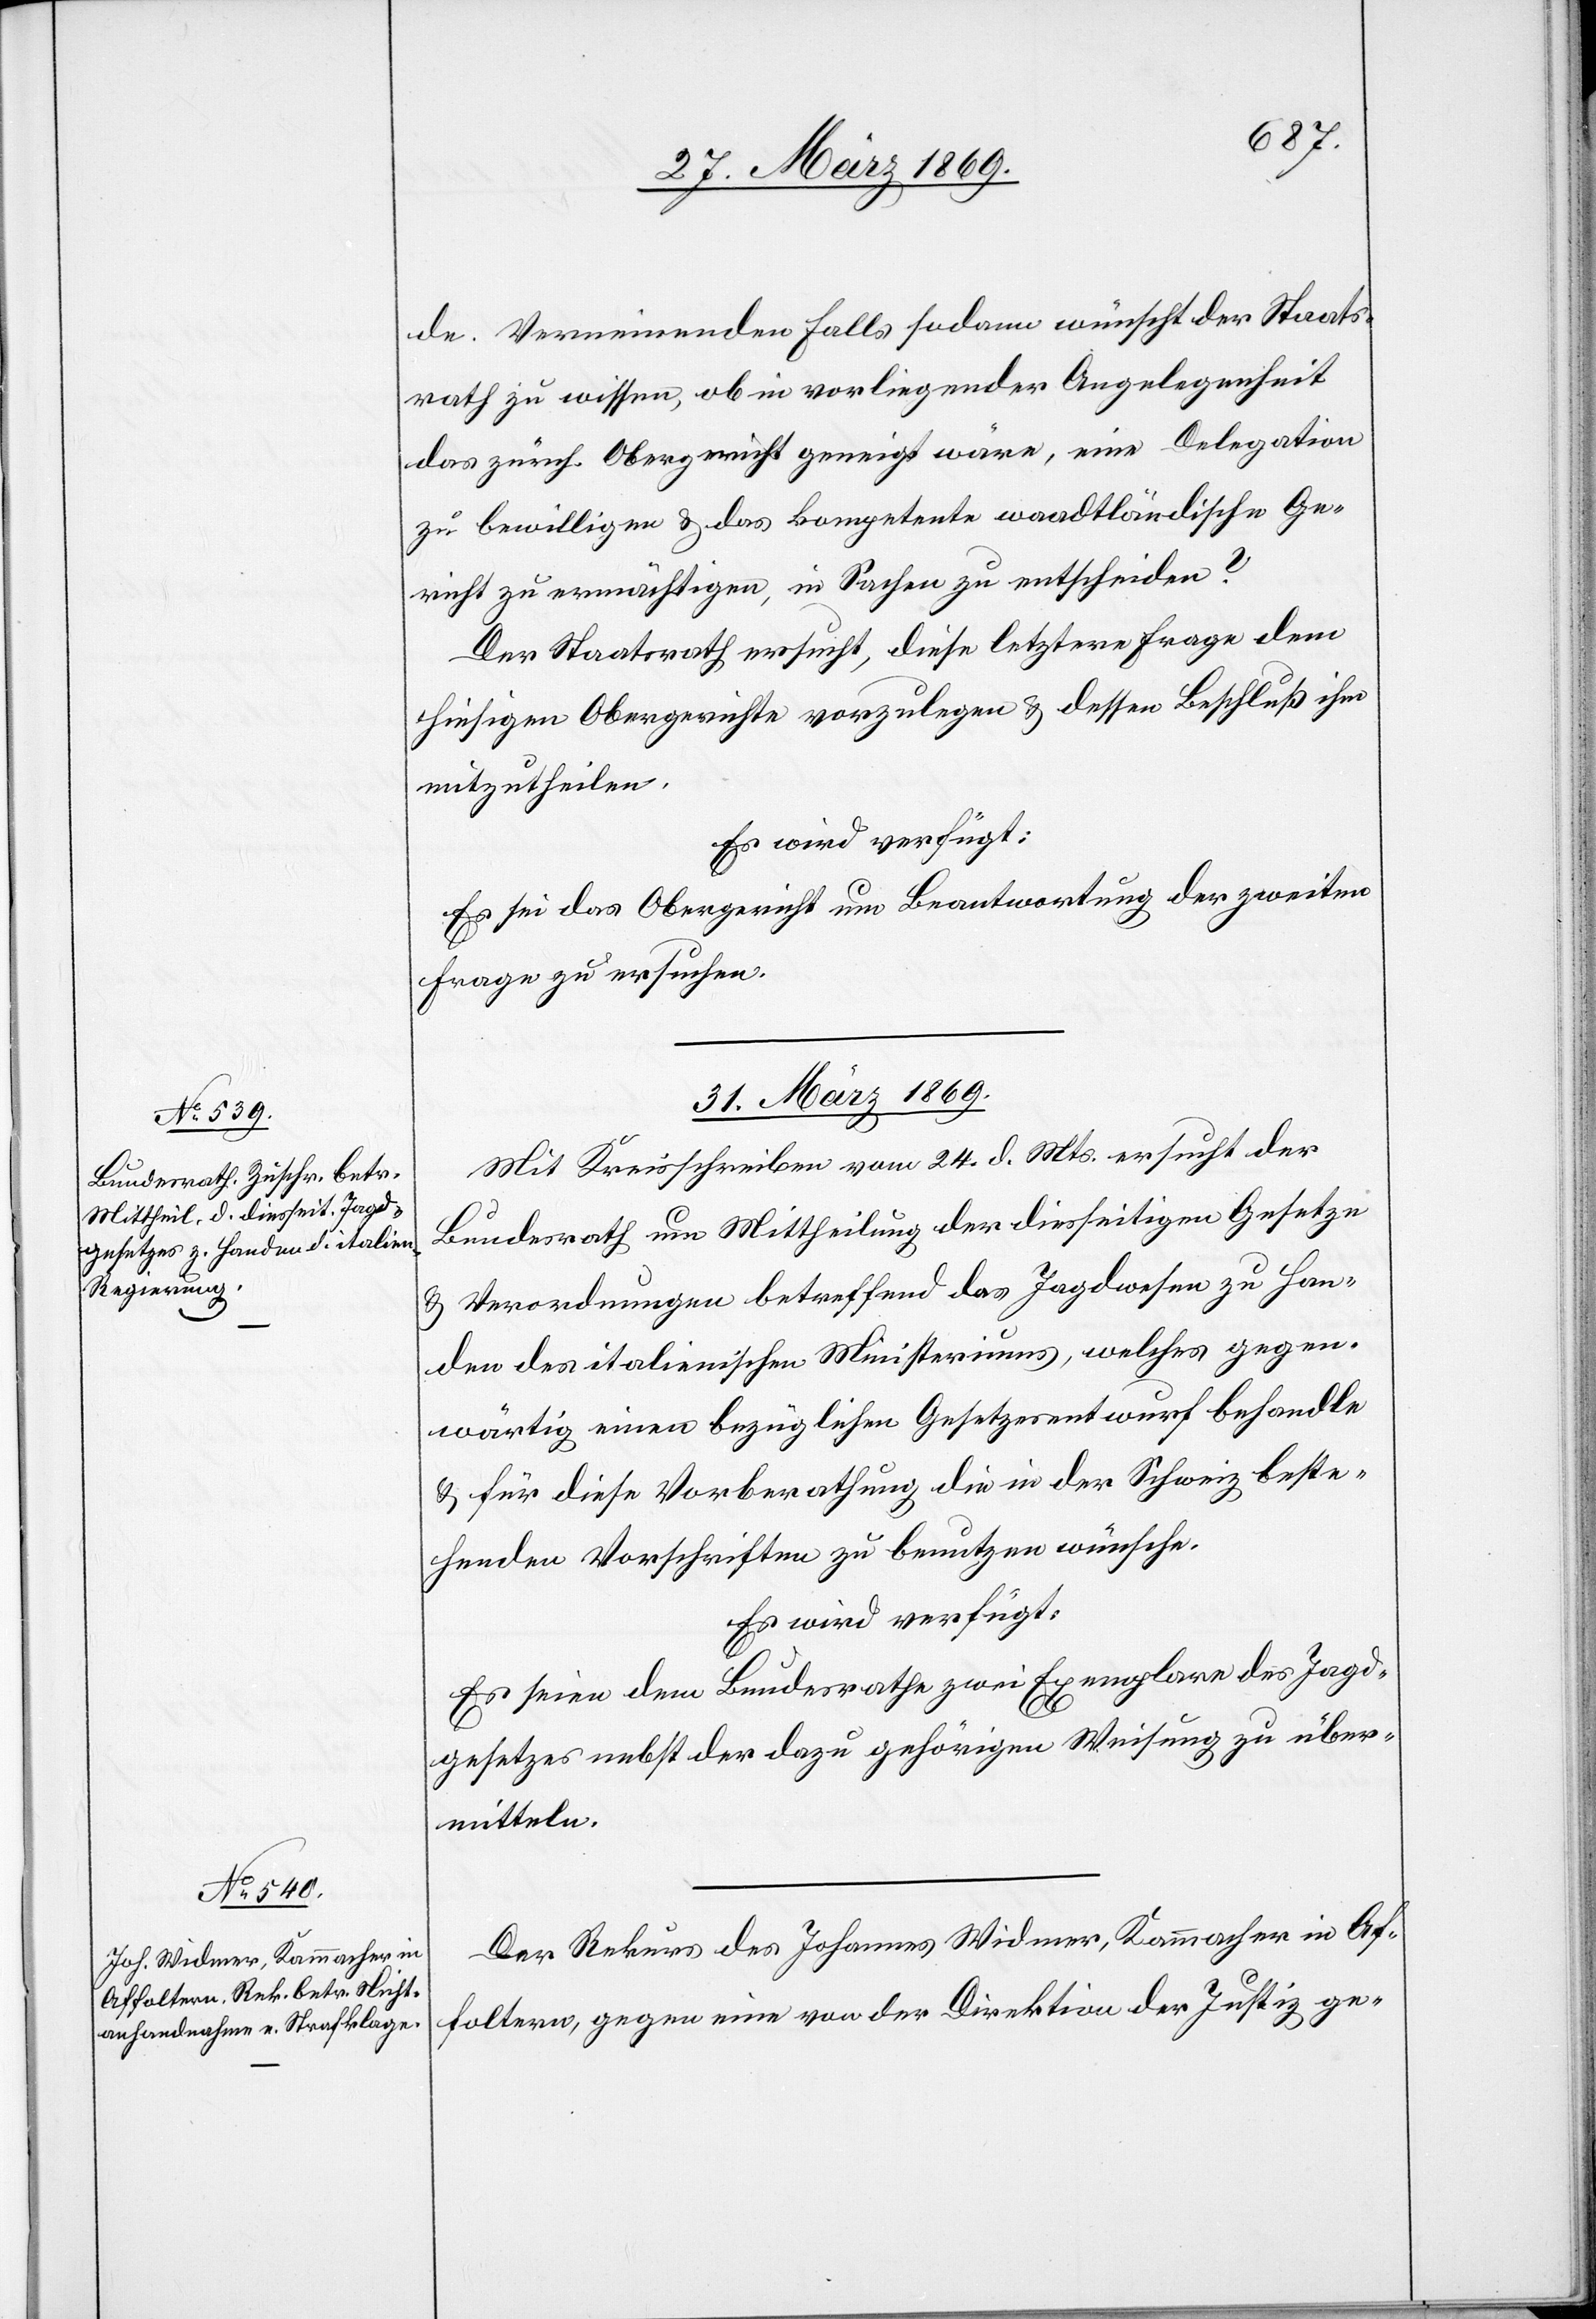
de. Verneinenden Falls sodann wünscht der Staats¬
rath zu wissen, ob in vorliegender Angelegenheit
das zürch. Obergericht geneigt wäre, eine Delegation
zu bewilligen u. das kompetente waadtländische Ge¬
richt zu ermächtigen, in Sachen zu entscheiden?
Der Staatsrath ersucht, diese letztere Frage dem
hiesigen Obergerichte vorzulegen u. dessen Beschluß ihm
mitzutheilen.
Es wird verfügt:
Es sei das Obergericht um Beantwortung der zweiten
Frage zu ersuchen.
31. März 1869.]
Mit Kreisschreiben vom 24. d. Mts. ersucht der
Bundesrath um Mittheilung der diesseitigen Gesetze
u. Verordnungen betreffend des Jagdwesen zu Han¬
den des italienischen Ministeriums, welches gegen¬
wärtig einen bezüglichen Gesetzesentwurf behandle
u. für diese Vorberathung die in der Schweiz beste¬
henden Vorschriften zu benutzen wünsche.
Es wird verfügt:
Es seien dem Bundesrathe zwei Exemplare des Jagd¬
gesetzes nebst der dazu gehörigen Weisung zu über¬
mitteln.
Der Rekurs des Johannes Widmer, Kammacher in Af¬
foltern, gegen eine von der Direktion der Justiz ge-